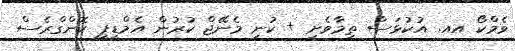
ވެމްކޯ އއ. އުކުޅަސް ތިމާވެށި + ކުނި މެނޭޖް ކުރުން އެމްޑީޕީ ކޮންގްރެސް